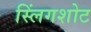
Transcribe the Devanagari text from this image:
स्लिंगशोट